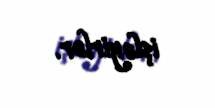
işləyirlər.